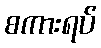
စကားရပ်